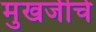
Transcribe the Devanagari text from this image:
मुखर्जीचे